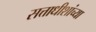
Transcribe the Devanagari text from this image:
सत्ताधीशांच्या